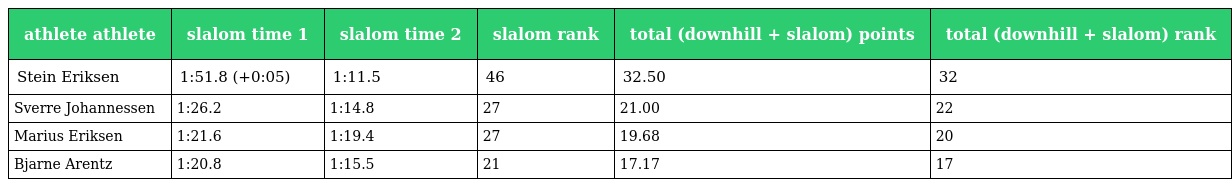
| athlete athlete | slalom time 1 | slalom time 2 | slalom rank | total (downhill + slalom) points | total (downhill + slalom) rank |
 | --- | --- | --- | --- | --- | --- |
 | Stein Eriksen | 1:51.8 (+0:05) | 1:11.5 | 46 | 32.50 | 32 |
 | Sverre Johannessen | 1:26.2 | 1:14.8 | 27 | 21.00 | 22 |
 | Marius Eriksen | 1:21.6 | 1:19.4 | 27 | 19.68 | 20 |
 | Bjarne Arentz | 1:20.8 | 1:15.5 | 21 | 17.17 | 17 |